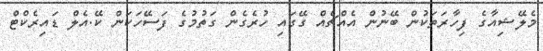
މެލޭޝިއާގެ ފިހާރަތަކުން ބޭނުން އެއްޗެއް ގޭގައި ހުރެގެން ގަތުމުގެ ފަސޭހަކަން ކޭ.އެލް ޑައިރެކްޓް